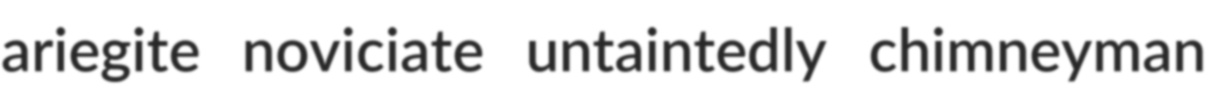
ariegite noviciate untaintedly chimneyman